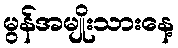
မွန်အမျိုးသားနေ့